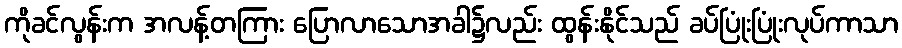
ကိုခင်လွန်းက အလန့်တကြား ပြောလာသောအခါ၌လည်း ထွန်းနိုင်သည် ခပ်ပြုံးပြုံးလုပ်ကာသာ